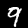
Label: 9